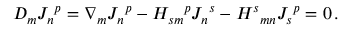
{ \cal D } _ { m } { J _ { n } } ^ { p } = \nabla _ { m } { J _ { n } } ^ { p } - H _ { s m } { } ^ { p } { J _ { n } } ^ { s } - { H ^ { s } } _ { m n } { J _ { s } } ^ { p } = 0 \, .